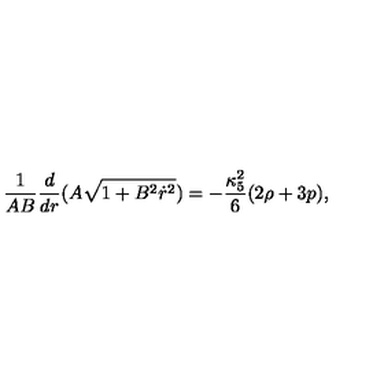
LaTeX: \frac { 1 } { A B } \frac { d } { d r } ( A \sqrt { 1 + B ^ { 2 } \dot { r } ^ { 2 } } ) = - \frac { \kappa _ { 5 } ^ { 2 } } { 6 } ( 2 \rho + 3 p ) ,